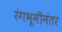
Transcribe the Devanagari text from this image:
रंगभूमीनंतर